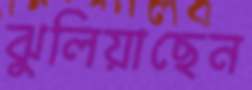
ঝুলিয়াছেন